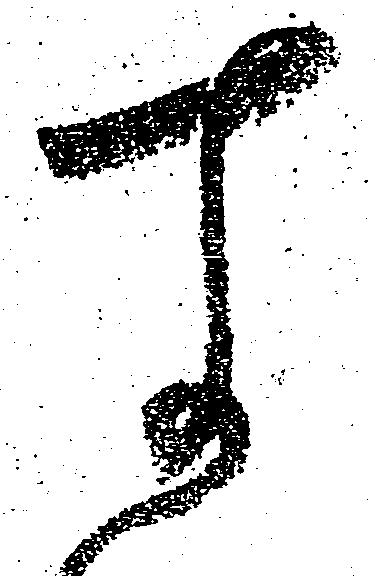
す